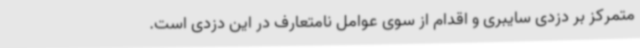
متمرکز بر دزدی سایبری و اقدام از سوی عوامل نامتعارف در این دزدی است.